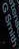
Gsmrn